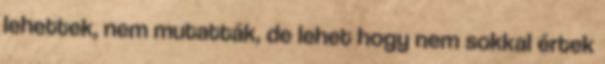
lehettek, nem mutatták, de lehet hogy nem sokkal értek